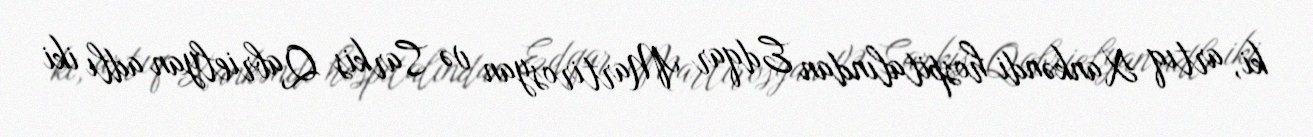
ki, artıq Xankəndi hospitalından Edqar Martirosyan və Sarkis Qabrielyan adlı iki